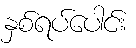
နှစ်ရပ်ပေါင်း